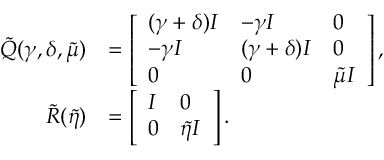
\begin{array} { r l } { \tilde { Q } ( \gamma , \delta , \tilde { \mu } ) } & { = \left[ \begin{array} { l l l } { ( \gamma + \delta ) I } & { - \gamma I } & { 0 } \\ { - \gamma I } & { ( \gamma + \delta ) I } & { 0 } \\ { 0 } & { 0 } & { \tilde { \mu } I } \end{array} \right] , } \\ { \tilde { R } ( \tilde { \eta } ) } & { = \left[ \begin{array} { l l } { I } & { 0 } \\ { 0 } & { \tilde { \eta } I } \end{array} \right] . } \end{array}